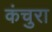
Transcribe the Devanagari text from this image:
कंचुरा